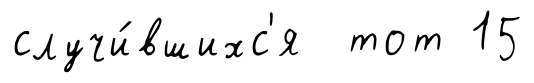
случи́вшихс'я тот 15